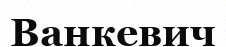
Ванкевич